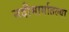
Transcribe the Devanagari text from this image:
नदीमार्गातल्या